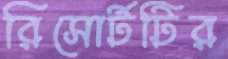
রিসোর্টটির